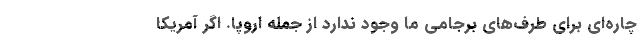
چاره‌ای برای طرف‌های برجامی ما وجود ندارد از جمله اروپا. اگر آمریکا